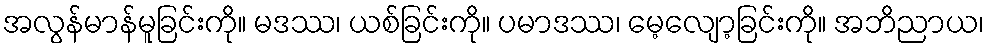
အလွန်မာန်မူခြင်းကို။ မဒဿ၊ ယစ်ခြင်းကို။ ပမာဒဿ၊ မေ့လျော့ခြင်းကို။ အဘိညာယ၊